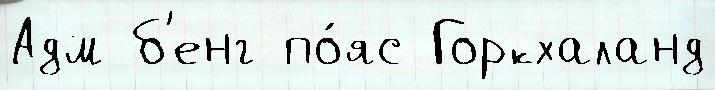
Адм б'енг по́яс Горкхаланд